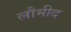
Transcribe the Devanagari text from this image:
लौमीद